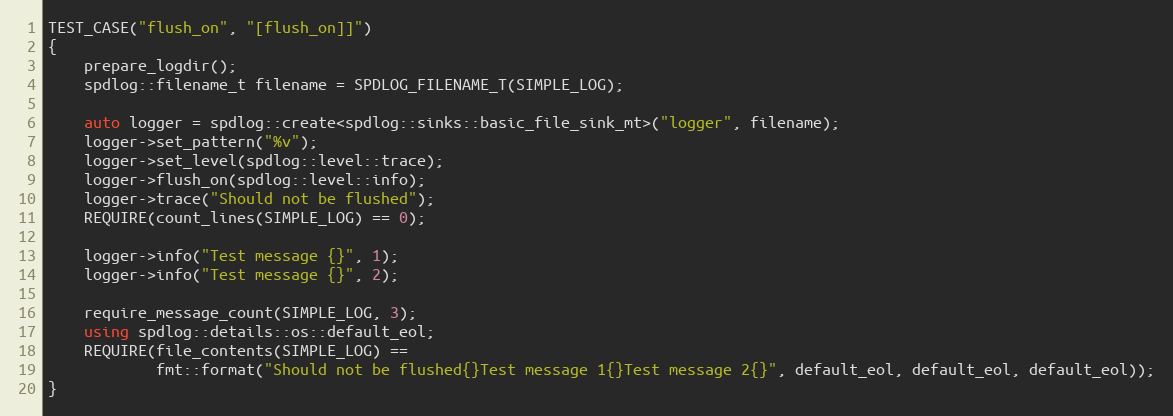
Language: C++
TEST_CASE("flush_on", "[flush_on]]")
{
    prepare_logdir();
    spdlog::filename_t filename = SPDLOG_FILENAME_T(SIMPLE_LOG);

    auto logger = spdlog::create<spdlog::sinks::basic_file_sink_mt>("logger", filename);
    logger->set_pattern("%v");
    logger->set_level(spdlog::level::trace);
    logger->flush_on(spdlog::level::info);
    logger->trace("Should not be flushed");
    REQUIRE(count_lines(SIMPLE_LOG) == 0);

    logger->info("Test message {}", 1);
    logger->info("Test message {}", 2);

    require_message_count(SIMPLE_LOG, 3);
    using spdlog::details::os::default_eol;
    REQUIRE(file_contents(SIMPLE_LOG) ==
            fmt::format("Should not be flushed{}Test message 1{}Test message 2{}", default_eol, default_eol, default_eol));
}